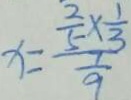
x = \frac { \frac { 2 } { 5 } \times \frac { 1 } { 3 } } { \frac { 1 } { 9 } }